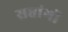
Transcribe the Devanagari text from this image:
सप्तांगों